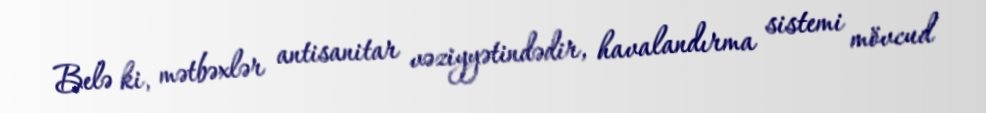
Belə ki, mətbəxlər antisanitar vəziyyətindədir, havalandırma sistemi mövcud